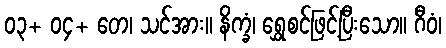
၀၃+ ၀၄+ တေ၊ သင်အား။ နိက္ခံ၊ ရွှေစင်ဖြင့်ပြီးသော။ ဂီဝံ၊